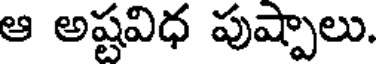
ఆ అష్టవిధ పుష్పాలు.